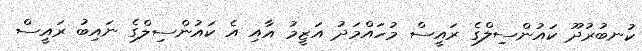
ކުނބުރުދޫ ކައުންސިލްގެ ރައީސް މުހައްމަދު އަޒީމު އާއި އެ ކައުންސިލްގެ ނައިބު ރައީސް